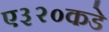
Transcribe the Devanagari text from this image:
ए३२०कडे